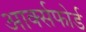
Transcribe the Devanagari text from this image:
आर्क्सफोर्ड